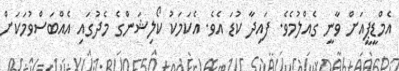
އެމްޑީޕީއަށް ވާނީ ގެއްލުމެވެ. ފައިދާ ކުޑަ އެވެ. އެކަމަކު ކޯލިޝަންގެ މެދުގައި އެއްބަސްވުމަކަށް